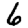
Digit: 6